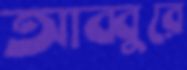
আব্বুরে